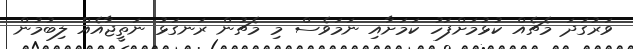
ވަރުގަދަ މެޗެއް ކުޅުމަށްފަހު ކަމަށާއި ނަމަވެސް މި މެޗުން ރަނގަޅު ނަތީޖާއެއް ލިބުމުން